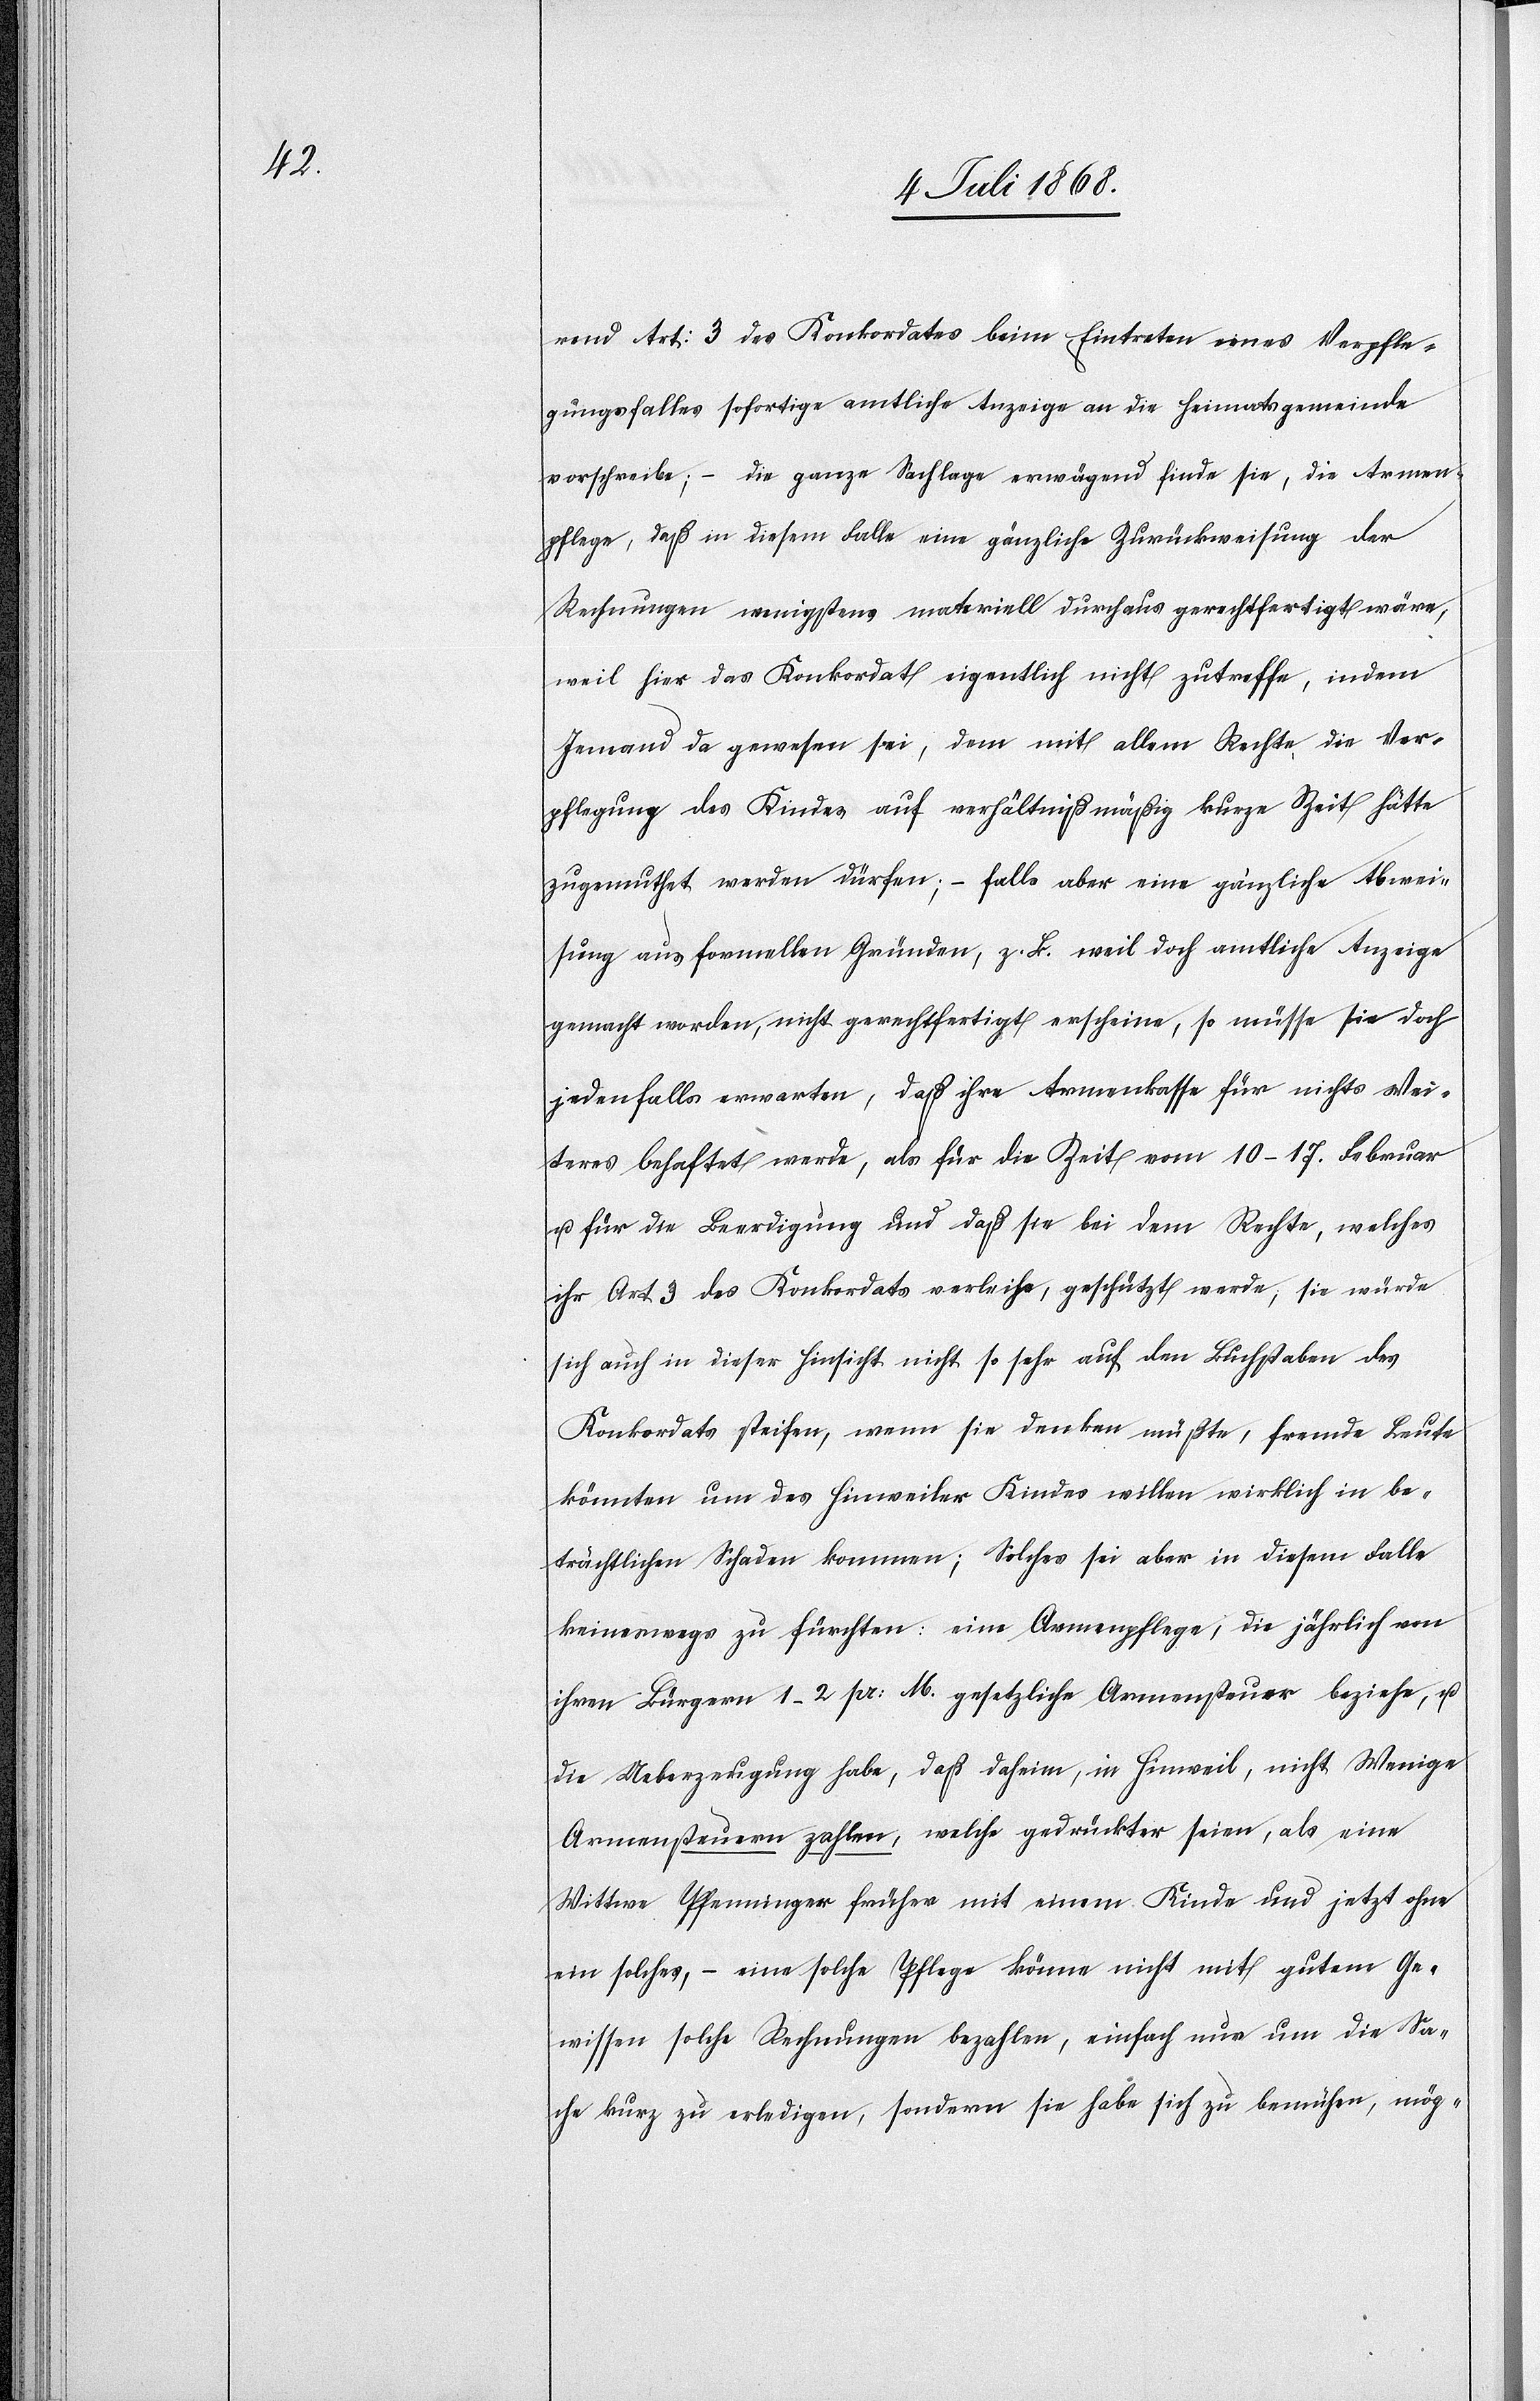
rend Art: 3 des Konkordates beim Eintreten eines Verpfle¬
gungsfalles sofortige amtliche Anzeige an die Heimatsgemeinde
vorschreibe; – die ganze Sachlage erwägend finde sie, die Armen¬
pflege, daß in diesem Falle eine gänzliche Zurückweisung der
Rechnungen wenigstens materiell durchaus gerechtfertigt wäre,
weil hier das Konkordat eigentlich nicht zutreffe, indem
Jemand da gewesen sei, dem mit allem Rechte die Ver¬
pflegung des Kindes auf verhältnißmäßig kurze Zeit hätte
zugemuthet werden dürfen; – falls aber eine gänzliche Abwei¬
sung aus formellen Gründen, z. B. weil doch amtliche Anzeige
gemacht worden, nicht gerechtfertigt erscheine, so müsse sie doch
jedenfalls erwarten, daß ihre Armenkasse für nichts Wei¬
teres behaftet werde, als für die Zeit vom 10–17. Februar
u. für die Beerdigung und daß sie bei dem Rechte, welches
ihr Art. 3 des Konkordats verleihe, geschützt werde, sie würde
sich auch in dieser Hinsicht nicht so sehr auf den Buchstaben des
Konkordats steifen, wenn sie denken müßte, fremde Leute
könnten um des Hinweiler Kindes willen wirklich in be¬
trächtlichen Schaden kommen; Solches sei aber in diesem Falle
keineswegs zu fürchten: eine Armenpflege, die jährlich von
ihren Bürgern 1–2 pr: M. gesetzliche Armensteuer beziehe, u.
die Ueberzeugung habe, daß daheim, in Hinweil, nicht Wenige
Armensteuern zahlen, welche gedrückter seien, als eine
Wittwe Pfenninger früher mit einem Kinde und jetzt ohne
ein solches, – eine solche Pflege könne nicht mit gutem Ge¬
wissen solche Rechnungen bezahlen, einfach nur um die Sa¬
che kurz zu erledigen, sondern sie habe sich zu bemühen, mög-